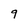
Character: q